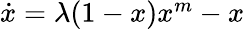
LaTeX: \begin{array}{r}{\dot{x}=\lambda(1-x){x^{m}}-x}\end{array}